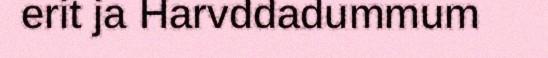
erit ja Harvddadummum